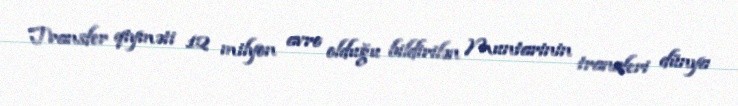
Transfer qiyməti 12 milyon avro olduğu bildirilən Muntarinin transferi dünya